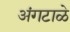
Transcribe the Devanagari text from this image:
अंगटाळे